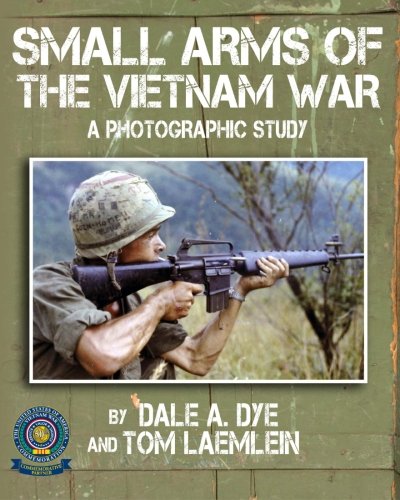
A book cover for Small Arms of the Vietnam War: A Photographic Study; Dale A. Dye; History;